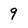
Character: 9